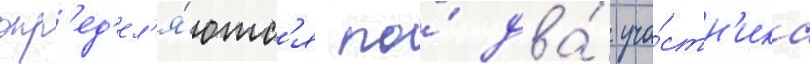
опр'ед'ел'я́ютс'я по́ два́ уча́стн'ика